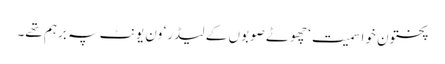
پختون خوا سمیت‘ چھوٹے صوبوں کے لیڈر‘ ون یونٹ پہ برہم تھے۔